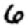
Digit: 6